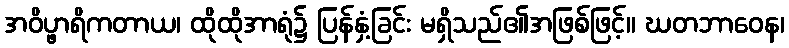
အဝိပ္ဖာရိကတာယ၊ ထိုထိုအာရုံ၌ ပြန်နှံ့ခြင်း မရှိသည်၏အဖြစ်ဖြင့်။ ဃတဘာဝေန၊